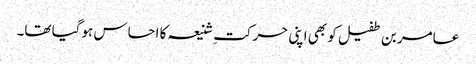
عامر بن طفیل کو بھی اپنی حرکتِ شنیعہ کا احساس ہوگیا تھا۔